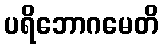
ပရိဘောဂမေတိ